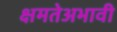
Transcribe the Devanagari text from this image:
क्षमतेअभावी